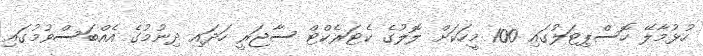
ހުޅުމާލޭ ހޮސްޕިޓަލުގައި 100 މީހަކަށް ލޮލުގެ ކެޓަރެކްޓް ސާޖަރީ ހަދައި ދިނުމުގެ އެއްބަސްވުމުގައި